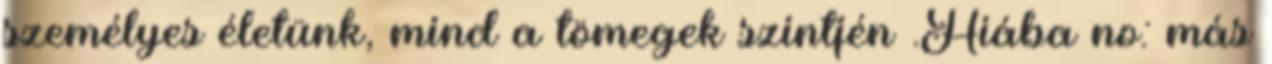
személyes életünk, mind a tömegek szintjén .Hiába no: más